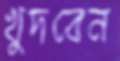
খুদবেন